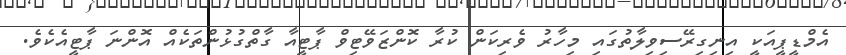
އެމްޑީޕީއަކީ އިނިގިރޭސިވިލާތުގައި މިހާރު ވެރިކަން ކުރާ ކޮންޒަވޭޓިވް ޕާޓީއާ ގާތްގުޅުންތަކެއް އޮންނަ ޕާޓީއެކެވެ.